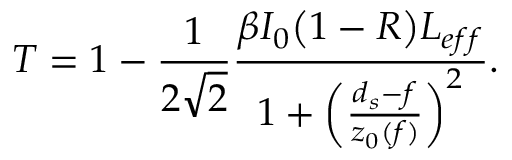
T = 1 - \frac { 1 } { 2 \sqrt { 2 } } \frac { \beta I _ { 0 } \big ( 1 - R \big ) L _ { e f f } } { 1 + \left( \frac { d _ { s } - f } { z _ { 0 } ( f ) } \right) ^ { 2 } } .